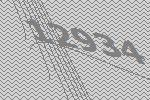
12934